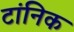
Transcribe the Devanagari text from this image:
टांनिक